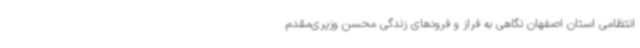
انتظامی استان اصفهان نگاهی به فراز و فرودهای زندگی محسن وزیری‌مقدم